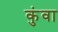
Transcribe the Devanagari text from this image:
कुंवा